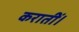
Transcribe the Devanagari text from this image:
करातीं।